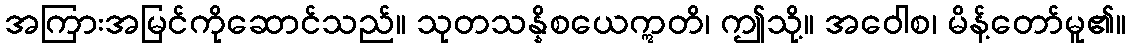
အကြားအမြင်ကိုဆောင်သည်။ သုတသန္နိစယေဣတိ၊ ဤသို့။ အဝေါစ၊ မိန့်တော်မူ၏။